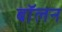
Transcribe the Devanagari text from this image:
बॉलन